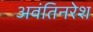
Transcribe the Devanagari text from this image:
अवंतिनरेश